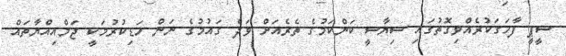
ސީޕީ ފާހަގަކުރެއްވިގޮތުގައި ސިޔާސީ ކަންކަމުގެ ތެރެއަށް ވަދެ ގައުމުގެ ނަން ހަޑިކުރުމަކީ ޖަމްއިއްޔާތައް